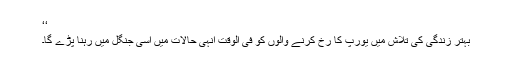
‘‘
بہتر زندگی کی تلاش میں یورپ کا رخ کرنے والوں کو فی الوقت انہی حالات میں اسی جنگل میں رہنا پڑے گا۔